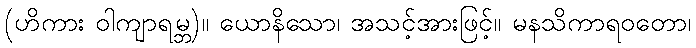
(ဟိကား ဝါကျာရမ္ဘ)။ ယောနိသော၊ အသင့်အားဖြင့်။ မနသိကာရဝတော၊